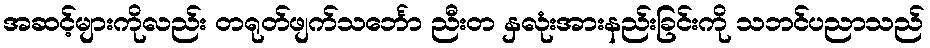
အဆင့်များကိုလည်း တရုတ်ဖျက်သင်္ဘော ညီးတ နှလုံးအားနည်းခြင်းကို သဘင်ပညာသည်